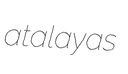
atalayas